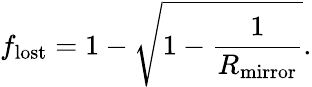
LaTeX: f_{\mathrm{lost}}=1-\sqrt{1-\frac{1}{R_{\mathrm{mirror}}}}.